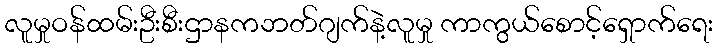
လူမှုဝန်ထမ်းဦးစီးဌာနကဘတ်ဂျက်နဲ့လူမှု ကာကွယ်စောင့်ရှောက်ရေး